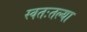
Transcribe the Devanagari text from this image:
स्वतःतल्या